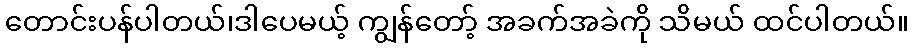
တောင်းပန်ပါတယ်၊ဒါပေမယ့် ကျွန်တော့် အခက်အခဲကို သိမယ် ထင်ပါတယ်။